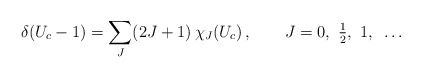
\begin{align*}\delta(U_c-1) = \sum\limits_{J} (2J+1)\, \chi_{J}(U_c)\, , \qquad J = 0, ~{\textstyle {1\over2}}, ~1, ~\dots\end{align*}